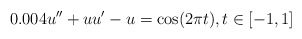
\begin{align*}0.004u'' + uu' - u = \cos(2\pi t), t\in [-1,1]\end{align*}